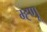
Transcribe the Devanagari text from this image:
म्ह्णू